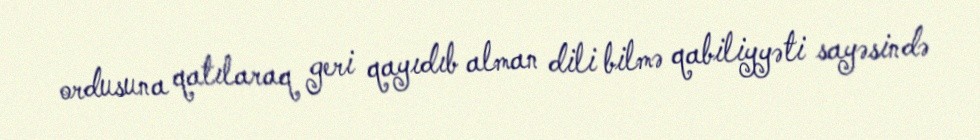
ordusuna qatılaraq geri qayıdıb alman dili bilmə qabiliyyəti sayəsində